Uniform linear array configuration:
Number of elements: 4
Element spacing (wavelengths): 0.25
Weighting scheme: cosine
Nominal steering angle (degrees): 60
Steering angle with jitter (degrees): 61.015
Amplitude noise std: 0.05
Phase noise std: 0.05

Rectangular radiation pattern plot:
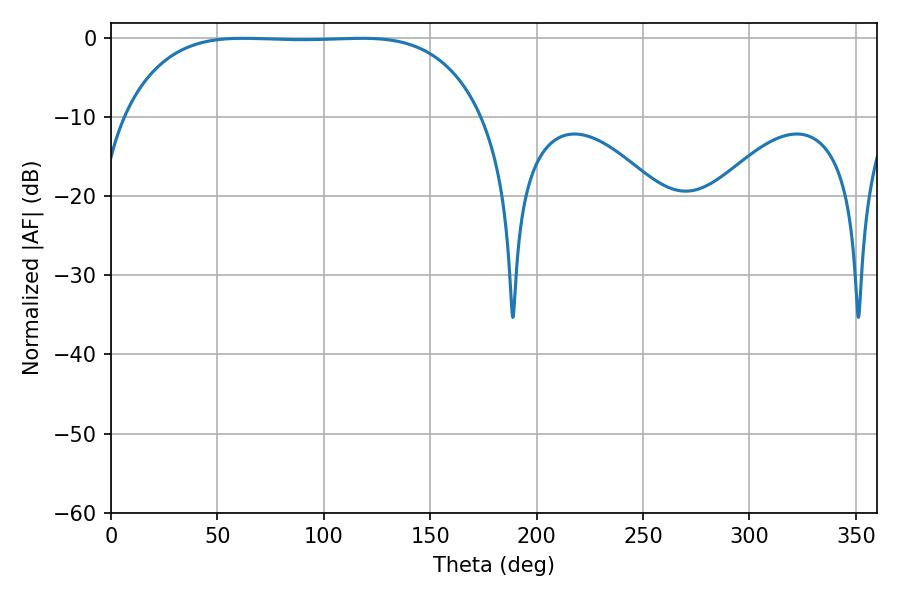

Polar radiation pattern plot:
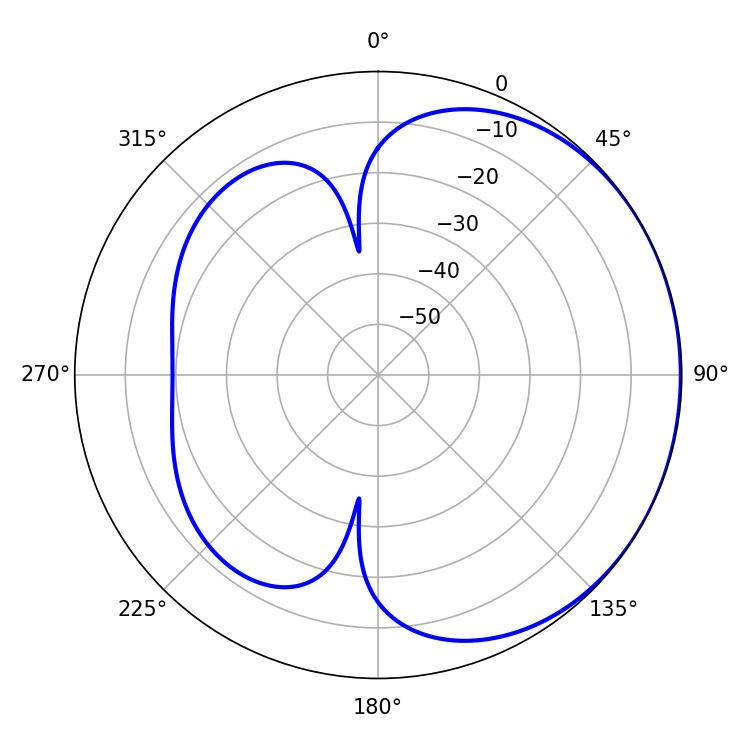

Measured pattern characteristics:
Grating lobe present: FALSE
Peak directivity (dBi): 0.7629
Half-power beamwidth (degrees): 130.68
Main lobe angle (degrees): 62.1